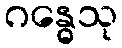
ဂန္ဓေသု